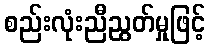
စည်းလုံးညီညွတ်မှုဖြင့်